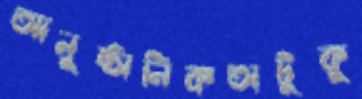
আনুষ্ঠানিকতাটুকু